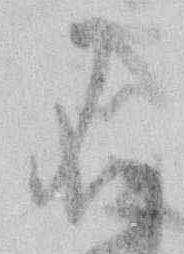
不